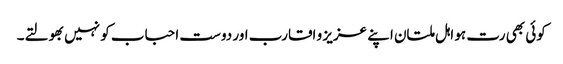
کوئی بھی رت ہو اہل ملتان اپنے عزیز و اقارب اور دوست احباب کو نہیں بھولتے۔